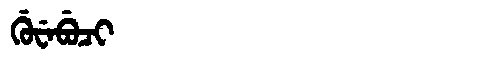
Manchu: ᡤᡠᠸᡝᠪᡠᠴᡳ
Romanization: GUWEBUCI